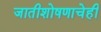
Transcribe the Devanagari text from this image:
जातीशोषणाचेही